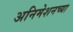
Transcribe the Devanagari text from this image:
अनिमेशनच्या